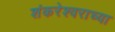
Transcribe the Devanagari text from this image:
शंकरेश्वराच्या